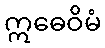
ဣဓေဝိမံ